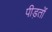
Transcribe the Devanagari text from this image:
पीड़तों